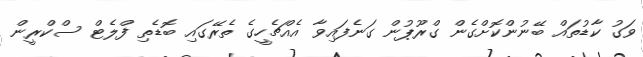
ވަގު ކާޑުތައް ބޭނުންކޮށްގެން ގްރޫޕުން ގަނެފައިވާ އެއްޗެހީގެ ތެރޭގައި ބޮޑެތި ފްލެޓް ސްކްރީން